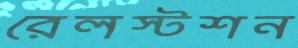
রেলস্টশন